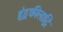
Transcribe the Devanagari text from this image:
इंद्रकीलाद्रि